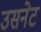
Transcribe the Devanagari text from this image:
उसनेट